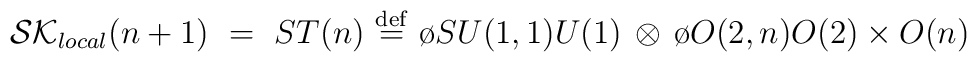
{\cal SK}_{local}(n+1) ~=~ST(n)~{\stackrel{\rm def}{=}} ~{\o{SU(1,1)}{U(1)}}\, \otimes \, {\o{O(2,n)}{O(2)\times O(n)}}